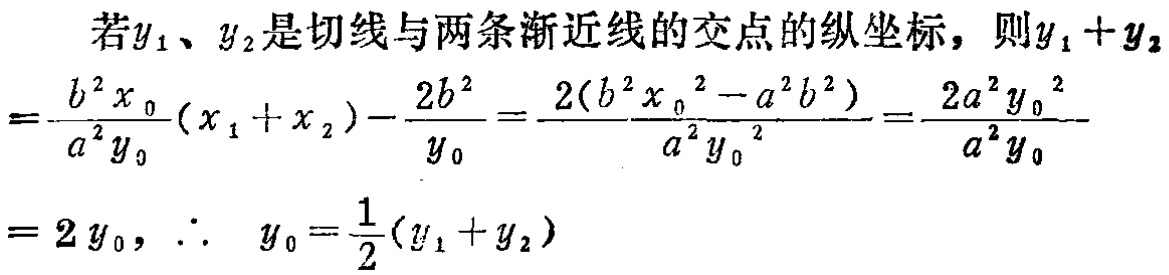
若\(y_1\)、\(y_2\)是切线与两条渐近线的交点的纵坐标，则\(y_1 + y_2\)
\(=\frac{b^{2}x_{0}}{a^{2}y_{0}}(x_1 + x_2)-\frac{2b^{2}}{y_{0}}=\frac{2(b^{2}x_{0}^{2}-a^{2}b^{2})}{a^{2}y_{0}^{2}}=\frac{2a^{2}y_{0}^{2}}{a^{2}y_{0}}\)
\(= 2y_{0}, \therefore y_{0}=\frac{1}{2}(y_1 + y_2)\)